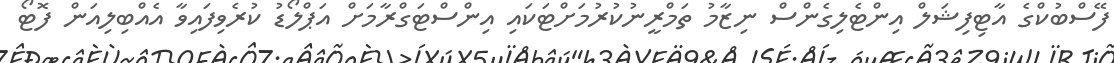
ފޭސްބުކްގެ އާޓިފިޝަލް އިންޓެލިގެންސް ނިޒާމު ތަމްރީނުކުރުމަށްޓަކައި އިންސްޓަގްރާމަށް އަޕްލޯޑު ކުރެވިފައިވާ އެއްބިލިއަން ފޮޓޯ